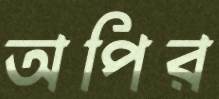
অপির